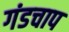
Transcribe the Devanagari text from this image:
गंडचाप